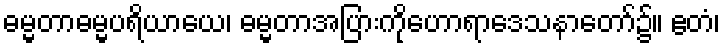
ဓမ္မတာဓမ္မပရိယာယေ၊ ဓမ္မတာအပြားကိုဟောရာဒေသနာတော်၌။ ဧတံ၊